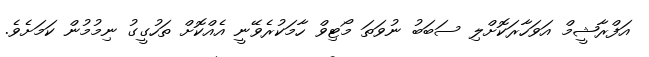
އަފްރާޝީމް އަވަހާރަކޮށްލި ސަބަބު ނުވަތަ މޯޓިވް ހާމަކުރެވޭނީ އެއްކޮށް ތަހުގީގު ނިމުމުން ކަމަށެވެ.